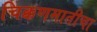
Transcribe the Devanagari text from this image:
चिक्कणमातीचा